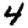
Digit: 4